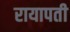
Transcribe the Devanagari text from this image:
रायापती